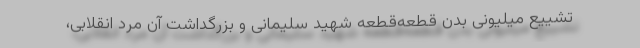
تشییع میلیونیِ بدنِ قطعه‌قطعه شهید سلیمانی و بزرگداشت آن مرد انقلابی،